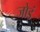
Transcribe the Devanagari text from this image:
जोड़ं